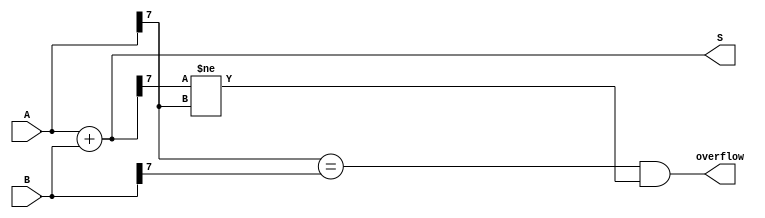
module ParametrizedAdder #(parameter N = 8) (
    input  wire [N-1:0] A,  // First operand
    input  wire [N-1:0] B,  // Second operand
    output wire [N-1:0] S,   // Sum output
    output wire             overflow // Overflow flag
);

    // Behavioral description of the addition operation
    assign S = A + B;

    // Overflow detection: if the sum is less than either operand, overflow has occurred
    assign overflow = (A[N-1] == B[N-1]) && (S[N-1] != A[N-1]);

endmodule